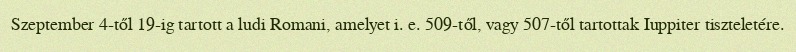
Szeptember 4-től 19-ig tartott a ludi Romani, amelyet i. e. 509-től, vagy 507-től tartottak Iuppiter tiszteletére.